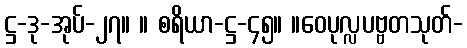
ဋ္ဌ-ဒု-အုပ်-၂၇။ ။ စရိယာ-ဋ္ဌ-၄၅။ ။ဝေပုလ္လပဗ္ဗတသုတ်-